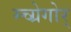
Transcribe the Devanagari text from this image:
म्च्ग्रेगोर्